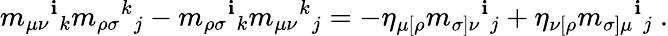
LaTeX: m_{\mu\nu}{}^{\mathbf{i}}{}_{k}m_{\rho\sigma}{}^{k}{}_{j}-m_{\rho\sigma}{}^{\mathbf{i}}{}_{k}m_{\mu\nu}{}^{k}{}_{j}=-\eta_{\mu[\rho}m_{\sigma]\nu}{}^{\mathbf{i}}{}_{j}+\eta_{\nu[\rho}m_{\sigma]\mu}{}^{\mathbf{i}}{}_{j}\ .